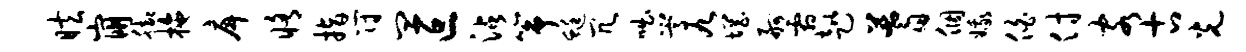
眩崩脚拖戽修指符皿叵沾筝蜓冗咄嵩九惘舸霜趑蓍个娥伯付客古光